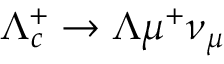
\Lambda _ { c } ^ { + } \to \Lambda \mu ^ { + } \nu _ { \mu }